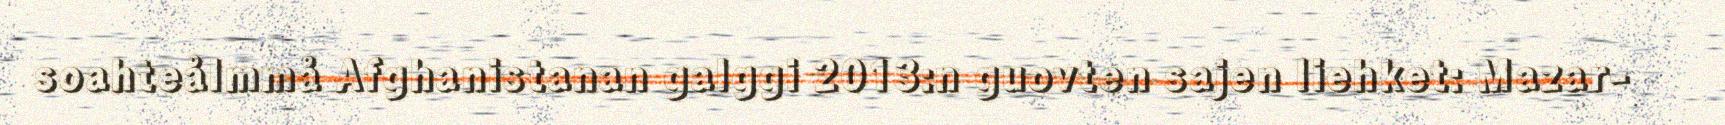
soahteålmmå Afghanistanan galggi 2013:n guovten sajen liehket: Mazar-